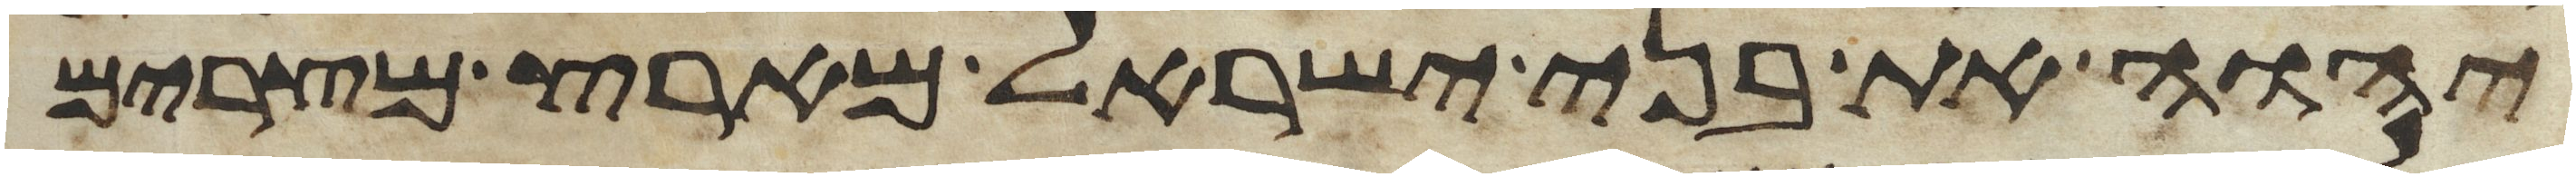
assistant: יהוה את בני ישראל מארץ מצרים